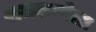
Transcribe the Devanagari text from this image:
राजकन्येला